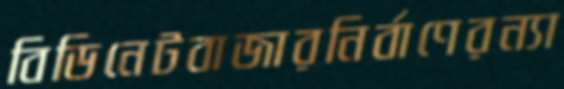
বিডিনেটবাজারনির্বাণেরন্যা